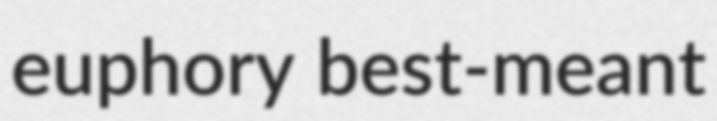
euphory best-meant